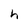
Character: h